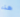
هذه